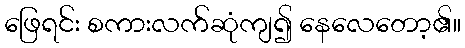
ဖြေရင်း စကားလက်ဆုံကျ၍ နေလေတော့၏။